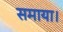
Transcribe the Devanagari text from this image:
समाया।